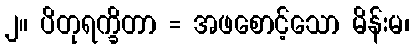
၂။ ပိတုရက္ခိတာ = အဖစောင့်သော မိန်းမ၊